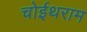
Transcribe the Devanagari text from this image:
चोईथराम